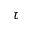
\tau